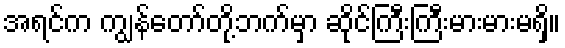
အရင်က ကျွန်တော်တို့ဘက်မှာ ဆိုင်ကြီးကြီးမားမားမရှိ။